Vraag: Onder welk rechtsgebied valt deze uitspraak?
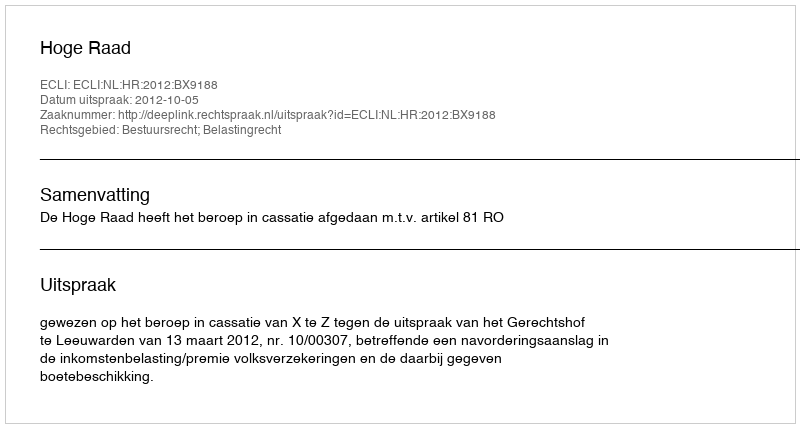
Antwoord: Bestuursrecht; Belastingrecht